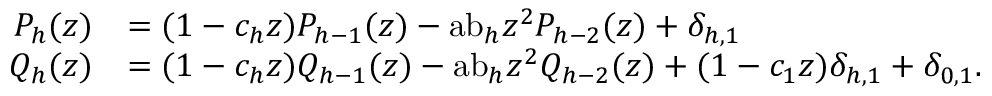
{ \begin{array} { r l } { P _ { h } ( z ) } & { = ( 1 - c _ { h } z ) P _ { h - 1 } ( z ) - { \mathrm { a b } } _ { h } z ^ { 2 } P _ { h - 2 } ( z ) + \delta _ { h , 1 } } \\ { Q _ { h } ( z ) } & { = ( 1 - c _ { h } z ) Q _ { h - 1 } ( z ) - { \mathrm { a b } } _ { h } z ^ { 2 } Q _ { h - 2 } ( z ) + ( 1 - c _ { 1 } z ) \delta _ { h , 1 } + \delta _ { 0 , 1 } . } \end{array} }